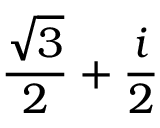
{ \frac { \sqrt { 3 } } { 2 } } + { \frac { i } { 2 } }